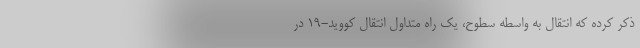
ذکر کرده که انتقال به واسطه سطوح، یک راه متداول انتقال کووید-۱۹ در